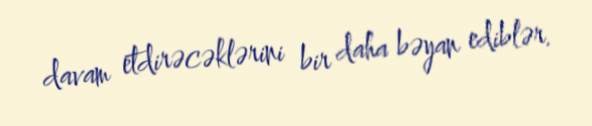
davam etdirəcəklərini bir daha bəyan ediblər.